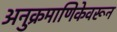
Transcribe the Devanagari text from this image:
अनुक्रमाणिकेवरून